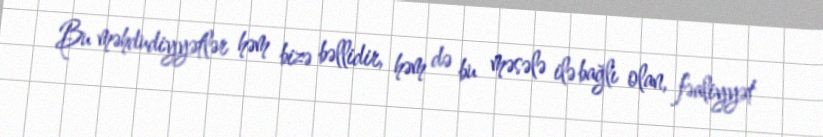
Bu məhdudiyyətlər həm bizə bəllidir, həm də bu məsələ ilə bağlı olan, fəaliyyət